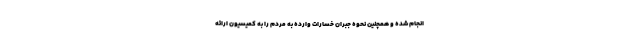
انجام شده و همچنین نحوه جبران خسارات وارده به مردم را به کمیسیون ارائه